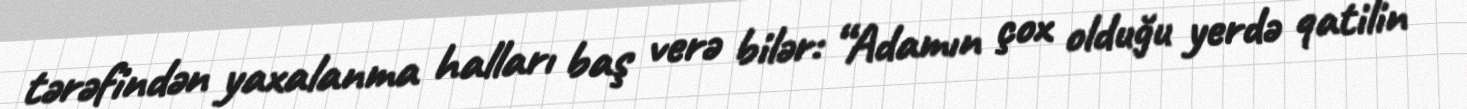
tərəfindən yaxalanma halları baş verə bilər: “Adamın çox olduğu yerdə qatilin